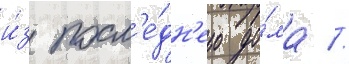
и́з посл'е́дн'его до́ма //